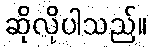
ဆိုလိုပါသည်။